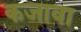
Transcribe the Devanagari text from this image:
कजावा